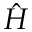
\hat { H }